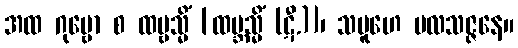
အထ ဂုမ္ဗော စ ထမ္ဗသ္မိံ [ထမ္ဘသ္မိံ (ဋီ.)]၊ သမူဟေ ဗလသဇ္ဇနေ။